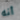
أنه